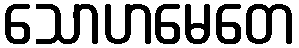
သောဟမေတေ